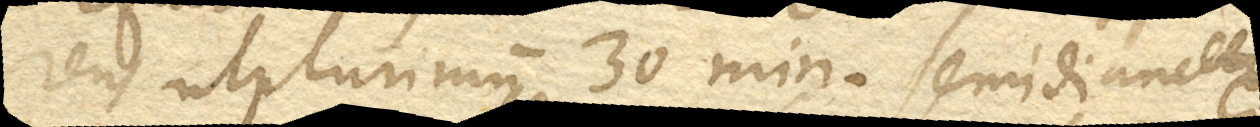
rens ut plurimum 30 min. semidiameter